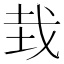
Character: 㦳